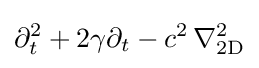
\partial _{t}^{2}+2\gamma \partial _{t}-c^{2}\,\nabla _{\text{2D}}^{2}